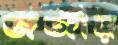
জর্জীয়